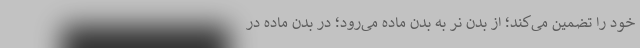
خود را تضمین می‌کند؛ از بدن نر به بدن ماده می‌رود؛ در بدن ماده در